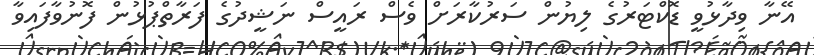
އޭނާ ވިދާޅުވީ ޑޮކްޓަރުގެ ލިޔުން ސަރުކާރަށް ވެސް ރައީސް ނަޝީދުގެ ފަރާތްޕުޅުން ފޮނުވާފައިވާ